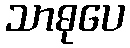
သာဓုပေ